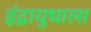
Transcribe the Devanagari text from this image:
इंद्रायुधाला